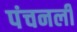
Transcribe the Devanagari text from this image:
पंचनली